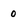
Character: 0